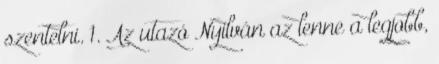
szentelni. 1. Az utazó Nyilván az lenne a legjobb,